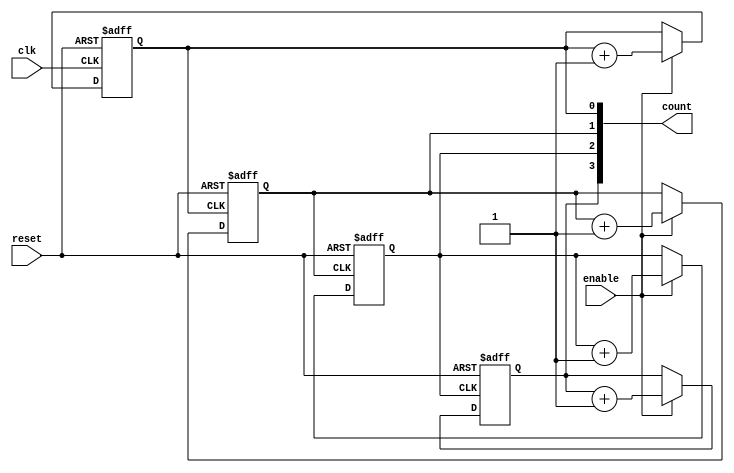
module chained_counter #(parameter N = 4) (
    input wire clk,
    input wire reset,
    input wire enable,
    output reg [N-1:0] count
);

    // Generate N D flip-flops in a chained configuration
    genvar i;
    generate
        for (i = 0; i < N; i = i + 1) begin: flip_flops
            if (i == 0) begin
                // First flip-flop, clocked by the main clock
                always @(posedge clk or posedge reset) begin
                    if (reset)
                        count[i] <= 0;
                    else if (enable)
                        count[i] <= count[i] + 1;
                end
            end else begin
                // Subsequent flip-flops, clocked by the previous flip-flop's output
                always @(posedge count[i-1] or posedge reset) begin
                    if (reset)
                        count[i] <= 0;
                    else if (enable)
                        count[i] <= count[i] + 1;
                end
            end
        end
    endgenerate
endmodule